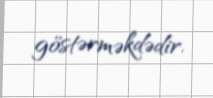
göstərməkdədir.